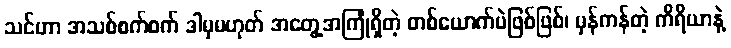
သင်ဟာ အသစ်စက်စက် ဒါမှမဟုတ် အတွေ့အကြုံရှိတဲ့ တစ်ယောက်ပဲဖြစ်ဖြစ်၊ မှန်ကန်တဲ့ ကိရိယာနဲ့